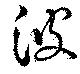
波